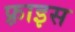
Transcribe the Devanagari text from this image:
फ़्राइस